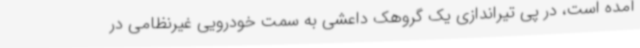
آمده است، در پی تیراندازی یک گروهک داعشی به سمت خودرویی غیرنظامی در